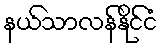
နယ်သာလန်နိုင်ငံ